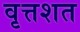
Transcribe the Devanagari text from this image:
वृत्तशत